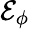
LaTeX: \mathcal{E}_{\phi}